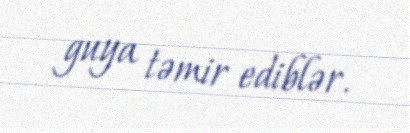
guya təmir ediblər.